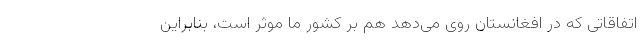
اتفاقاتی که در افغانستان روی می‌دهد هم بر کشور ما موثر است، بنابراین